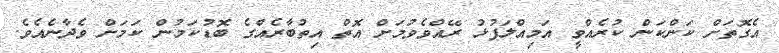
އެގޮތަށް ކަންކަން ކުރެއްވީ އަމިއްލަފުޅު ރޭއްވެވުމަށް އޮތް އިތުބާރެއްގެ ބޮޑުކަމުން ކަމަށް ވެދާނެއެވެ.